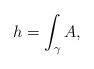
LaTeX: \begin{gather*}h=\int_\gamma A ,\end{gather*}